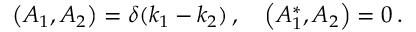
\left( A _ { 1 } , A _ { 2 } \right) = \delta ( k _ { 1 } - k _ { 2 } ) \, , \quad \left( A _ { 1 } ^ { * } , A _ { 2 } \right) = 0 \, .